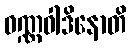
ဝဏ္ဏဝါဒိနောတိ